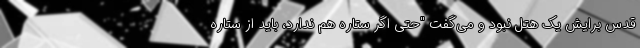
قدس برایش یک هتل نبود و می‌گفت "حتی اگر ستاره هم ندارد، باید از ستاره